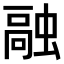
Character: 𫋊